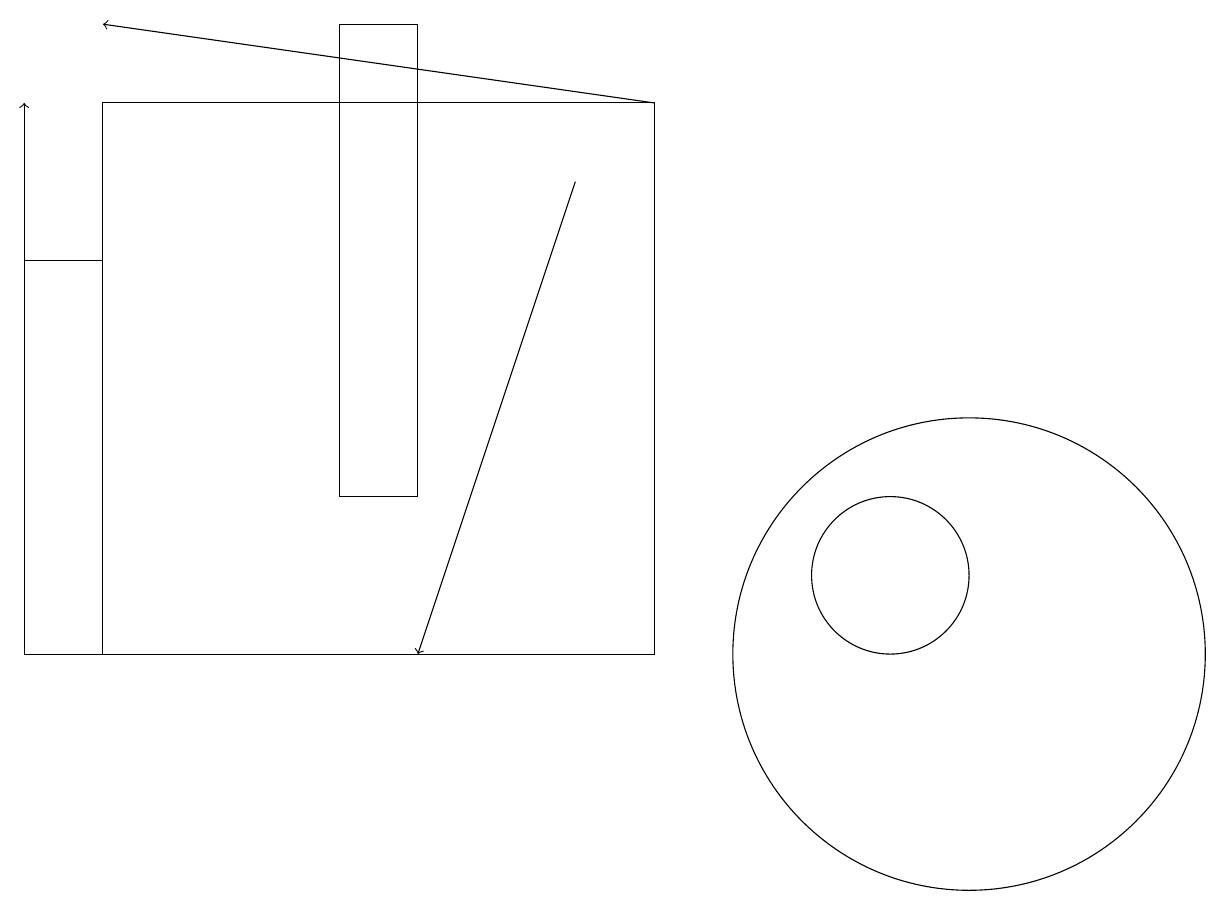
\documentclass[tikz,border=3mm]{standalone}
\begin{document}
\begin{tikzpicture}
\draw (8,10) rectangle (1,17);
\draw (0,10) rectangle (1,15);
\draw (12,10) circle (3);
\draw[->] (8,17) -- (1,18);
\draw (5,18) rectangle (4,12);
\draw[->] (7,16) -- (5,10);
\draw[->] (0,10) -- (0,17);
\draw (11,11) circle (1);
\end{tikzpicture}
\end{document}